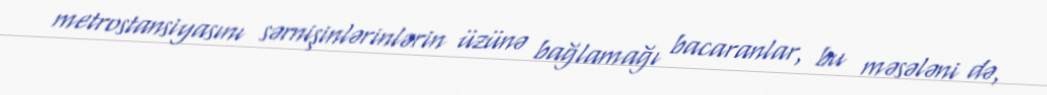
metrostansiyasını sərnişinlərinlərin üzünə bağlamağı bacaranlar, bu məsələni də,